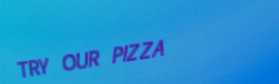
TRY OUR PIZZA